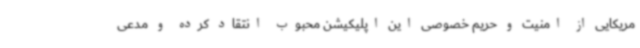
مریکایی از امنیت و حریم خصوصی این اپلیکیشن محبوب انتقاد کرده و مدعی